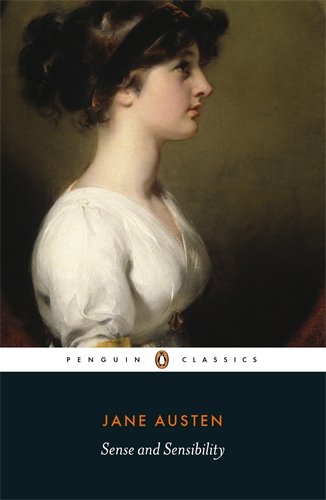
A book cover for Sense and Sensibility (Penguin Classics); Jane Austen; Romance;